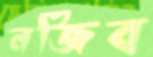
নজিব